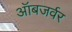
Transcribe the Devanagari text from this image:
ऑबजर्वर